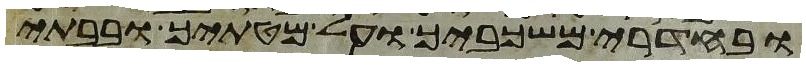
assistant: ובחדרי משכביך ועל מטתיך ובבתי